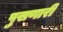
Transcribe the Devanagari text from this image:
पुसणारी